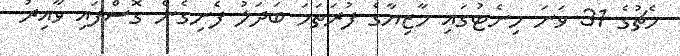
މެޗުގެ 31 ވަނަ މިނެޓުގައި މާޒިޔާގެ ފުރަތަމަ ބަދަލު ފެނިގެން ގޮސްފައި ވާއިރު